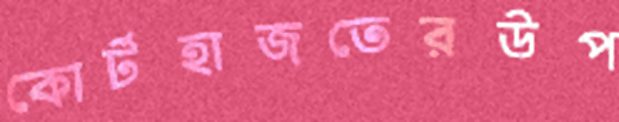
কোর্টহাজতেরউপ